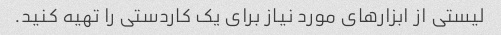
لیستی از ابزارهای مورد نیاز برای یک کاردستی را تهیه کنید.